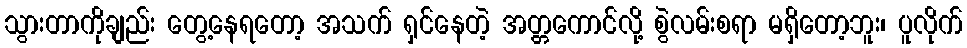
သွားတာကိုချည်း တွေ့နေရတော့ အသက် ရှင်နေတဲ့ အတ္တကောင်လို့ စွဲလမ်းစရာ မရှိတော့ဘူး၊ ပူလိုက်